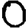
Digit: 0